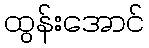
ထွန်းအောင်